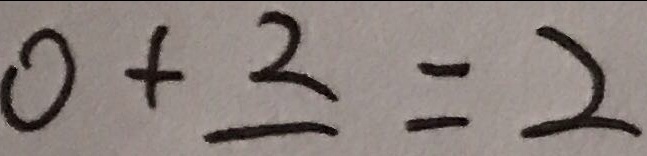
0 + 2 = 2